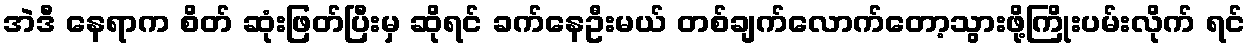
အဲဒီ နေရာက စိတ် ဆုံးဖြတ်ပြီးမှ ဆိုရင် ခက်နေဦးမယ် တစ်ချက်လောက်တော့သွားဖို့ကြိုးပမ်းလိုက် ရင်